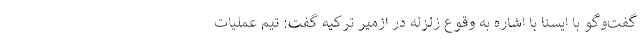
گفت‌وگو با ایسنا با اشاره به وقوع زلزله در ازمیر ترکیه گفت: تیم عملیات